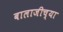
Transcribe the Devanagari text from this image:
बालाजीच्या